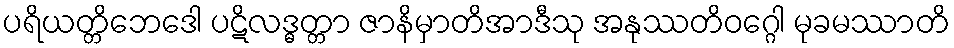
ပရိယတ္တိဘေဒေါ ပဋိလဒ္ဓတ္တာ ဇာနိမှာတိအာဒီသု အနုဿတိဝဂ္ဂေါ မုခမဿာတိ